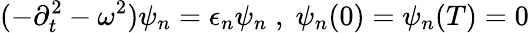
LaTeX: (-\partial_{t}^{2}-\omega^{2})\psi_{n}=\epsilon_{n}\psi_{n}\; ,\; \psi_{n}(0)=\psi_{n}(T)=0